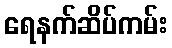
ရေနက်ဆိပ်ကမ်း